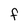
Character: F